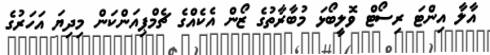
އާލާ އިންޓަ ރިސޯޓް ވޮލީބޯޅަ މުބާރާތުގެ ޒޯން އެކެއްގެ ޗެމްޕިއަންކަން މިދިޔަ އަހަރުގެ